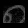
Digit: ၈